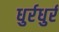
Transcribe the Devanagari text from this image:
धुर्रधुर्र